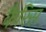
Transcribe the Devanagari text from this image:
कैरिस